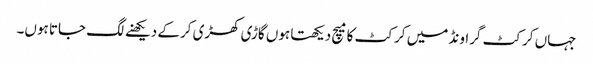
جہاں کرکٹ گراونڈ میں کرکٹ کامیچ دیکھتا ہوں گاڑی کھڑی کرکے دیکھنے لگ جاتا ہوں۔